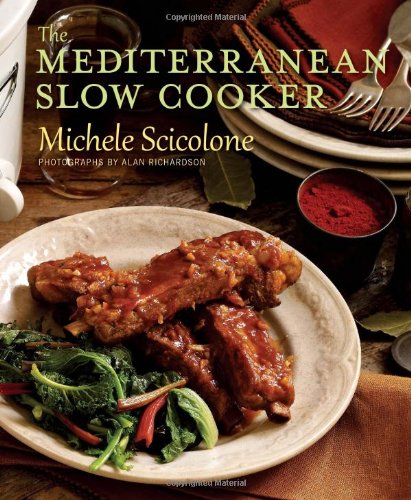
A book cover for The Mediterranean Slow Cooker; Michele Scicolone; Cookbooks, Food & Wine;